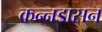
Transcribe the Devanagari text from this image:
कन्नडासन